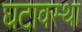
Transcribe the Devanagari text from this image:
घटावस्था